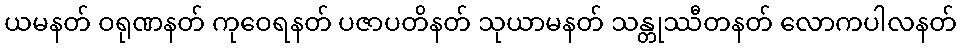
ယမနတ် ဝရုဏနတ် ကုဝေရနတ် ပဇာပတိနတ် သုယာမနတ် သန္တုဿီတနတ် လောကပါလနတ်